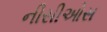
નીસીઓસ